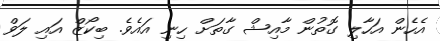
އެހެން އަހާލި ގޮތުން މާއިޝް ގާތަށް ހިނި އައެވެ. ބިކޯޒް އައި ލަވް